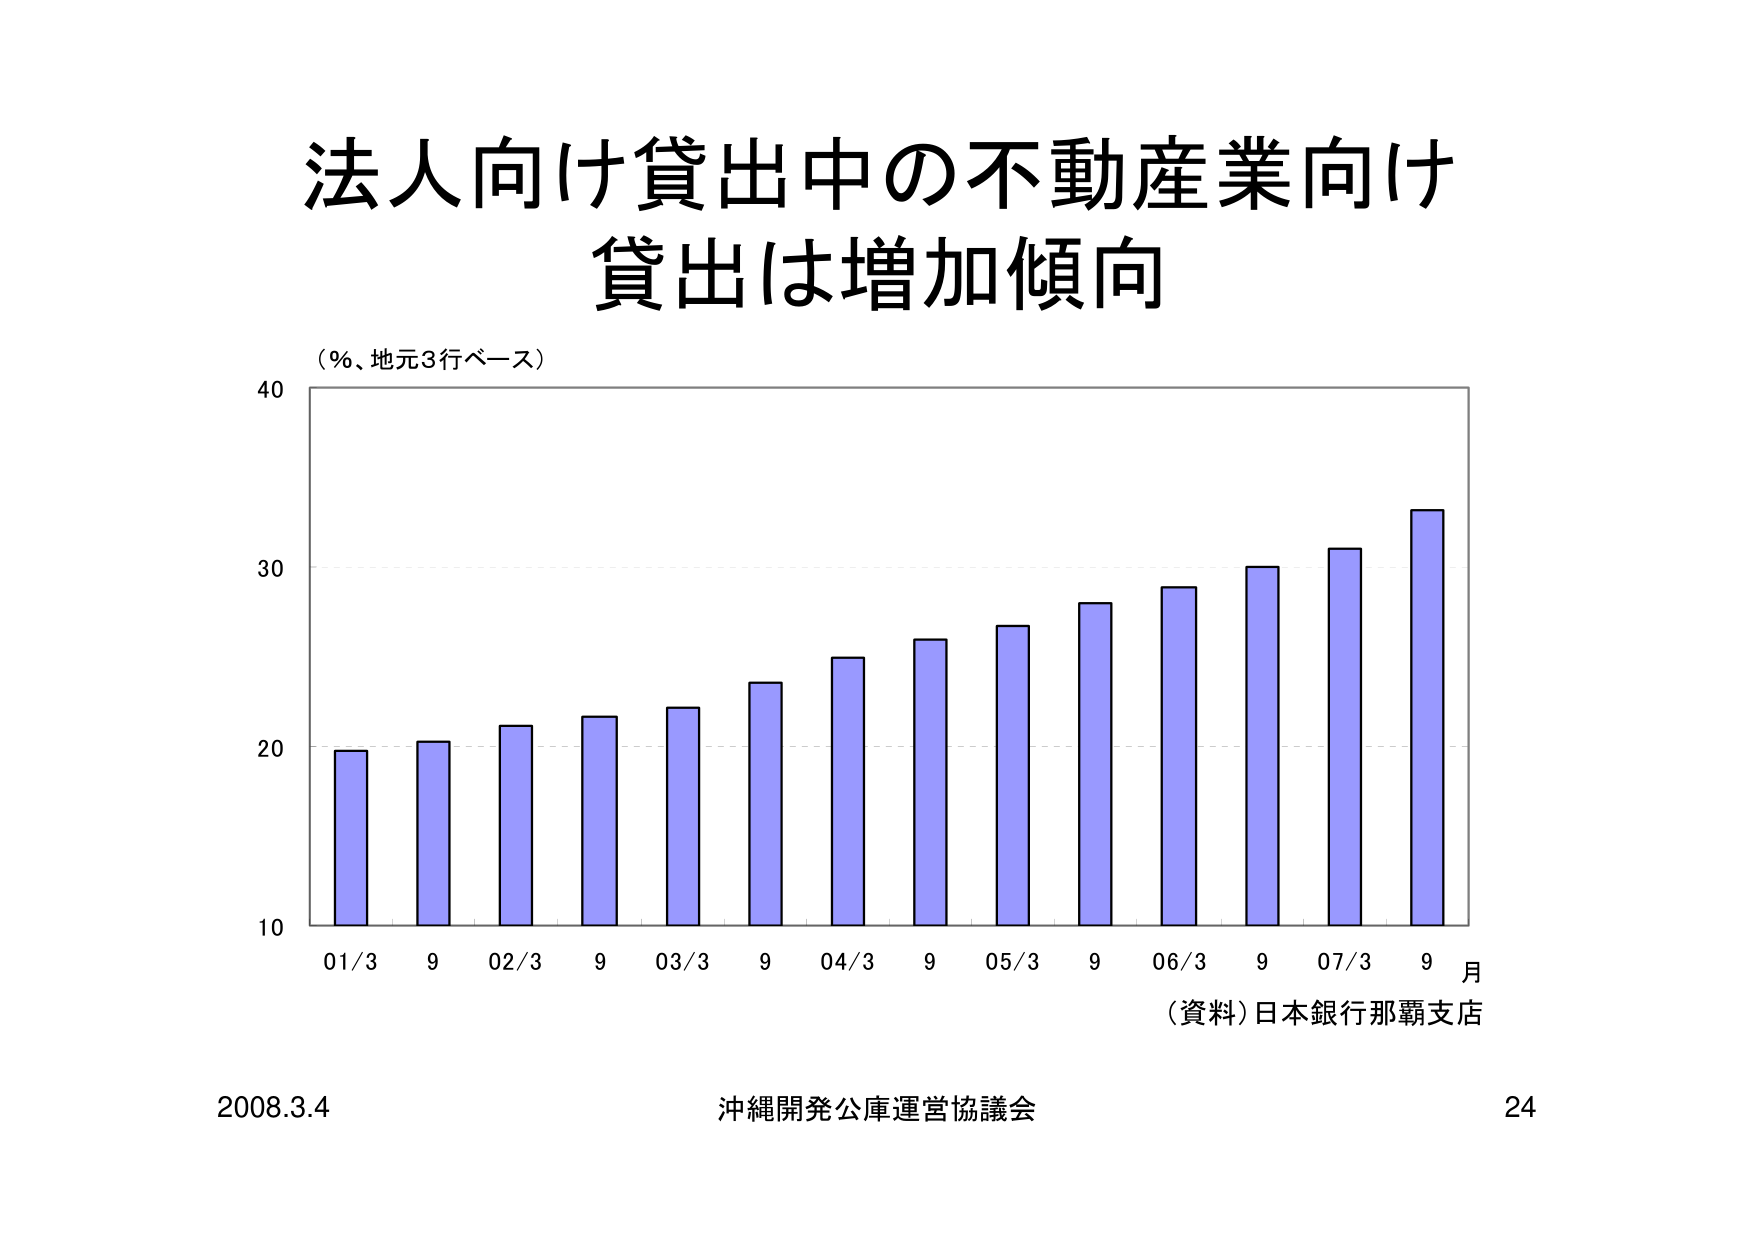
法人向け貸出中の不動産業向け
貸出は増加傾向

（％、地元3行ベース）

40
30
20
10

01/3  9  02/3  9  03/3  9  04/3  9  05/3  9  06/3  9  07/3  9  月

（資料）日本銀行那覇支店

2008.3.4  沖縄開発公庫運営協議会  24